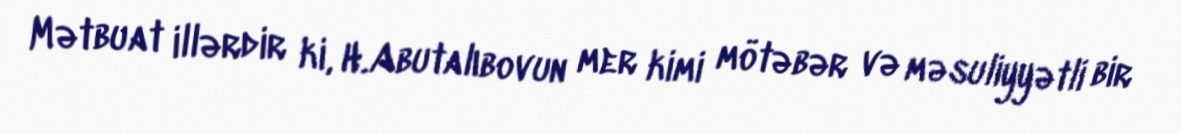
Mətbuat illərdir ki, H.Abutalıbovun mer kimi mötəbər və məsuliyyətli bir